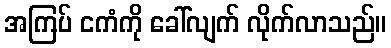
အကြပ် ငကံကို ခေါ်လျက် လိုက်လာသည်။